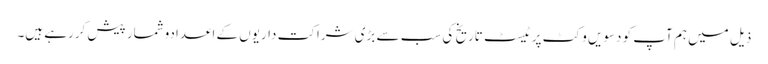
ذیل میں ہم آپ کو دسویں وکٹ پر ٹیسٹ تاریخ کی سب سے بڑی شراکت داریوں کے اعدادوشمار پیش کررہے ہیں۔